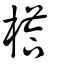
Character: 榙